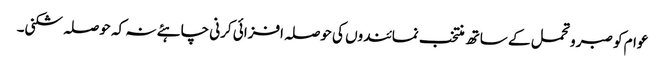
عوام کو صبر و تحمل کے ساتھ منتخب نمائندوں کی حوصلہ افزائی کرنی چاہئے نہ کہ حوصلہ شکنی۔